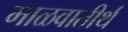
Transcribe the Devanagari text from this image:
माळवातीर्थ